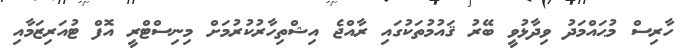
ހާރިސް މުޙައްމަދު ވިދާޅުވީ ބޭރު ޤައުމުތަކުގައި ރާއްޖެ އިޝްތިހާރުކުރުމަށް މިނިސްޓްރީ އޮފް ޓުއަރިޒަމާއި